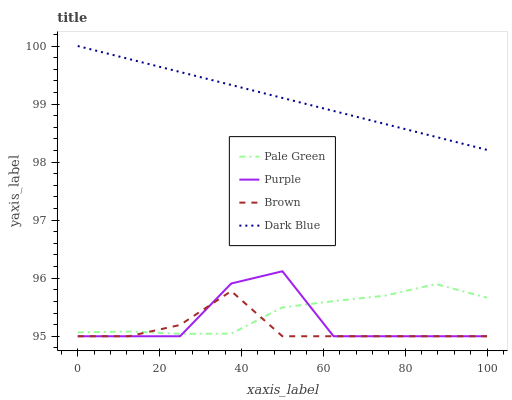
| xaxis_label | Pale Green | Purple | Brown | Dark Blue |
 | --- | --- | --- | --- | --- |
 | 0 | 95.1 | 95 | 95 | 100 |
 | 12.5 | 95.1 | 95 | 95 | 99.8 |
 | 25 | 95 | 95 | 95.2 | 99.6 |
 | 37.5 | 95 | 95.9 | 95.8 | 99.3 |
 | 50 | 95.5 | 96.1 | 95 | 99.1 |
 | 62.5 | 95.6 | 95 | 95 | 98.9 |
 | 75 | 95.7 | 95 | 95 | 98.7 |
 | 87.5 | 95.9 | 95 | 95 | 98.4 |
 | 100 | 95.7 | 95 | 95 | 98.2 |